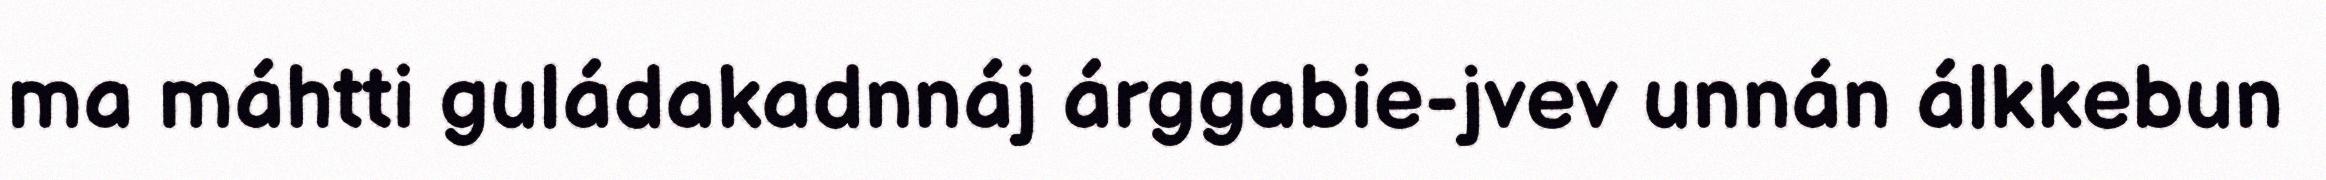
ma máhtti guládakadnnáj árggabie-jvev unnán álkkebun